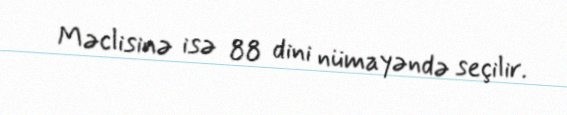
Məclisinə isə 88 dini nümayəndə seçilir.